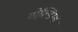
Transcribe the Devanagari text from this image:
गोल्डिंग्स